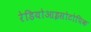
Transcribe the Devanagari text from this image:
रेडियोआइसोटोपिक